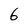
Character: 6